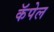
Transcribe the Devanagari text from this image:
कॅपेल